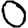
Digit: 0